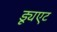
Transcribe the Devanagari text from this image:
ड्यूएट